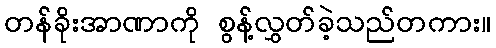
တန်ခိုးအာဏာကို စွန့်လွှတ်ခဲ့သည်တကား။